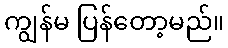
ကျွန်မ ပြန်တော့မည်။